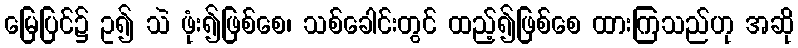
မြေပြင်၌ ဥ၍ သဲ ဖုံး၍ဖြစ်စေ၊ သစ်ခေါင်းတွင် ထည့်၍ဖြစ်စေ ထားကြသည်ဟု အဆို